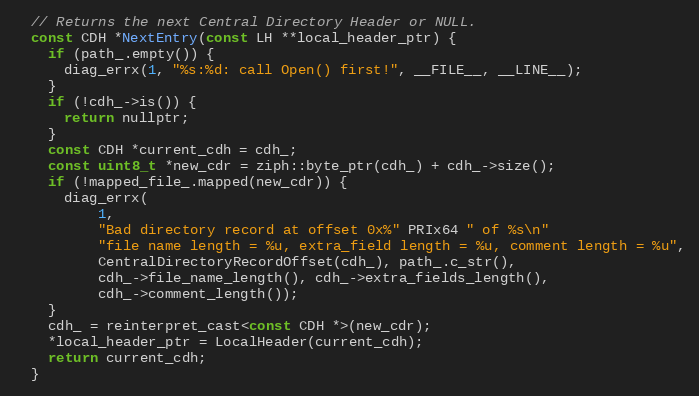
Language: C
  // Returns the next Central Directory Header or NULL.
  const CDH *NextEntry(const LH **local_header_ptr) {
    if (path_.empty()) {
      diag_errx(1, "%s:%d: call Open() first!", __FILE__, __LINE__);
    }
    if (!cdh_->is()) {
      return nullptr;
    }
    const CDH *current_cdh = cdh_;
    const uint8_t *new_cdr = ziph::byte_ptr(cdh_) + cdh_->size();
    if (!mapped_file_.mapped(new_cdr)) {
      diag_errx(
          1,
          "Bad directory record at offset 0x%" PRIx64 " of %s\n"
          "file name length = %u, extra_field length = %u, comment length = %u",
          CentralDirectoryRecordOffset(cdh_), path_.c_str(),
          cdh_->file_name_length(), cdh_->extra_fields_length(),
          cdh_->comment_length());
    }
    cdh_ = reinterpret_cast<const CDH *>(new_cdr);
    *local_header_ptr = LocalHeader(current_cdh);
    return current_cdh;
  }